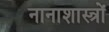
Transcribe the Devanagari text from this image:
नानाशास्त्रों